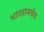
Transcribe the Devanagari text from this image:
भारतामधेच